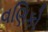
વણિકો